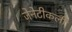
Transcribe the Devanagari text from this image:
जेनेटीकली